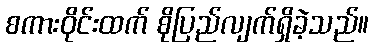
စကားဝိုင်းထက် စိုပြည်လျက်ရှိခဲ့သည်။